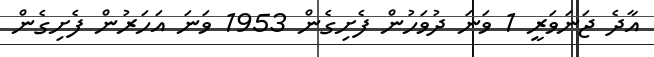
އާދެ ޖަނަވަރީ 1 ވަނަ ދުވަހުން ފެށިގެން 1953 ވަނަ އަހަރުން ފެށިގެން